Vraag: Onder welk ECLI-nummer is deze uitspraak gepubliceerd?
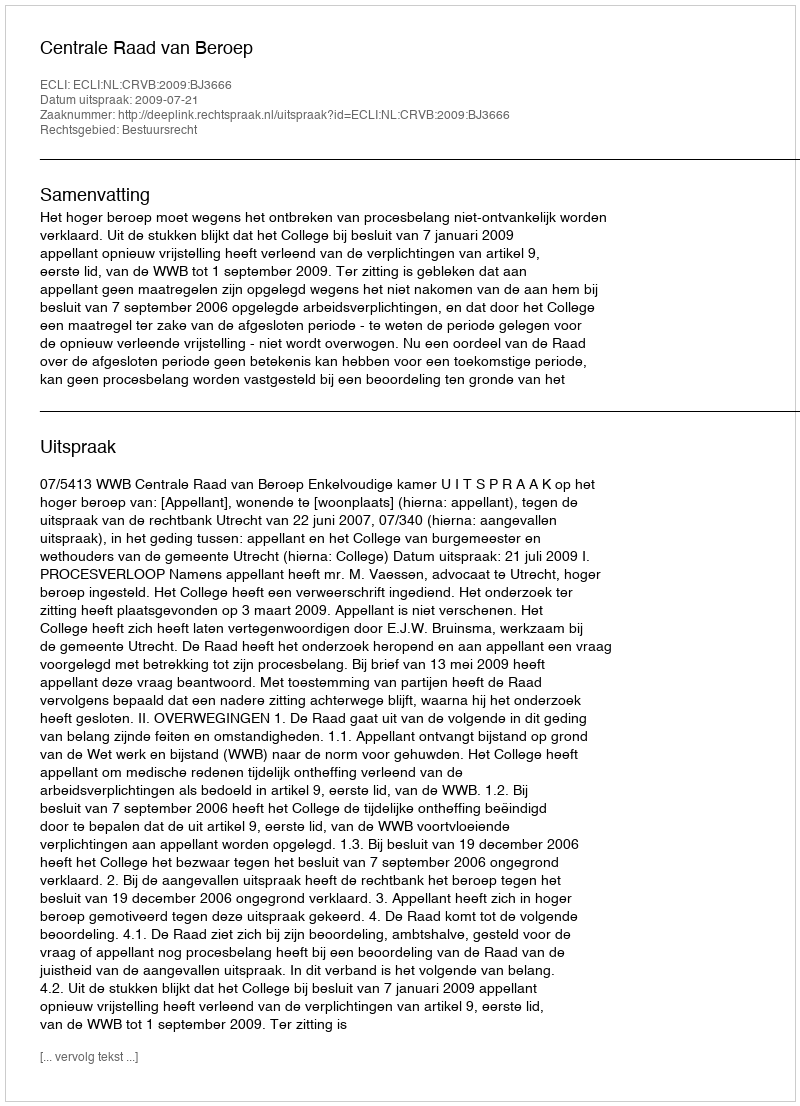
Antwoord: ECLI:NL:CRVB:2009:BJ3666